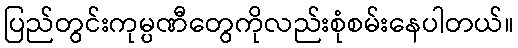
ပြည်တွင်းကုမ္ပဏီတွေကိုလည်းစုံစမ်းနေပါတယ်။